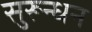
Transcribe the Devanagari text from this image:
सुरून्धन